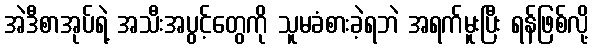
အဲဒီစာအုပ်ရဲ့ အသီးအပွင့်တွေကို သူမခံစားခဲ့ရဘဲ အရက်မူးပြီး ရန်ဖြစ်လို့